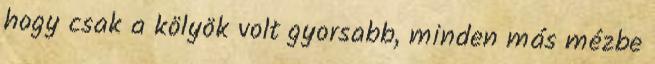
hogy csak a kölyök volt gyorsabb, minden más mézbe